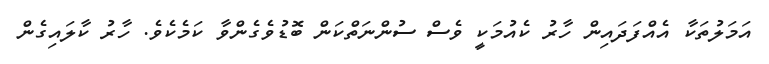
އަމަލުތަކާ އެއްފަދައިން ހާރު ކެއުމަކީ ވެސް ސުންނަތްކަން ބޮޑުވެގެންވާ ކަމެކެވެ. ހާރު ކާލައިގެން